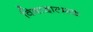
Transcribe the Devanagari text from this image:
विषादात्मक